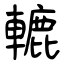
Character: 轆